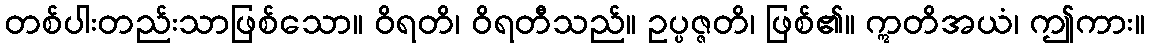
တစ်ပါးတည်းသာဖြစ်သော။ ဝိရတိ၊ ဝိရတီသည်။ ဥပ္ပဇ္ဇတိ၊ ဖြစ်၏။ ဣတိအယံ၊ ဤကား။